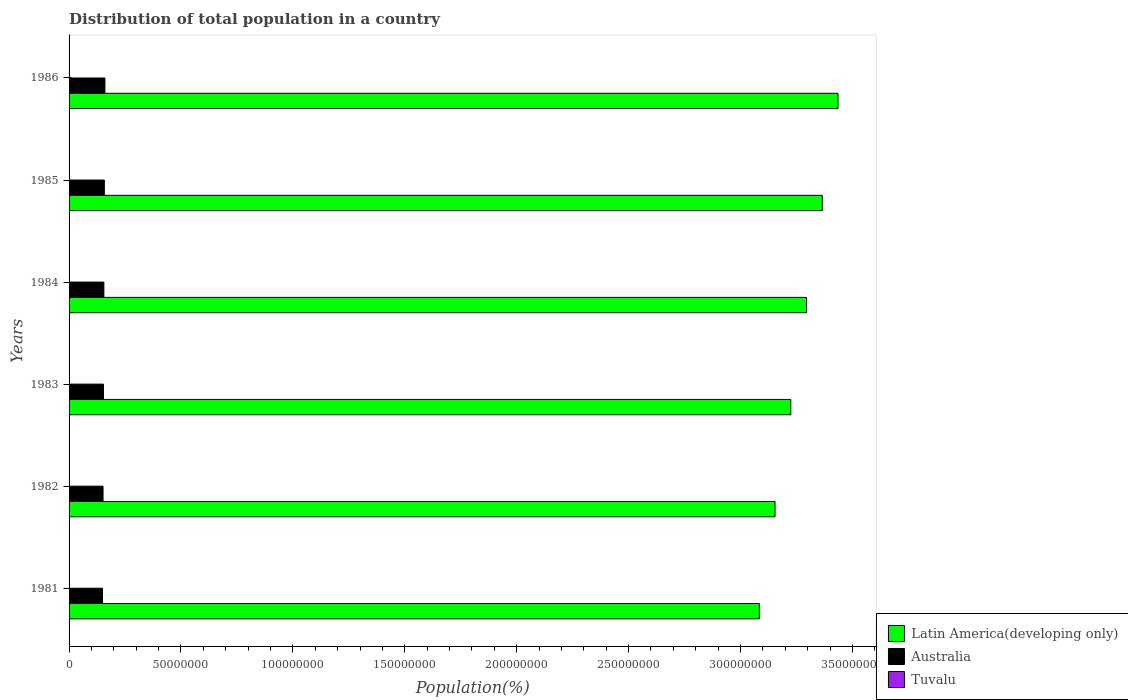
| Years | Latin America(developing only) | Australia | Tuvalu |
 | --- | --- | --- | --- |
 | 1981 | 3.08e+08 | 1.49e+07 | 8.16e+03 |
 | 1982 | 3.15e+08 | 1.52e+07 | 8.28e+03 |
 | 1983 | 3.22e+08 | 1.54e+07 | 8.41e+03 |
 | 1984 | 3.3e+08 | 1.55e+07 | 8.54e+03 |
 | 1985 | 3.37e+08 | 1.58e+07 | 8.65e+03 |
 | 1986 | 3.44e+08 | 1.6e+07 | 8.74e+03 |